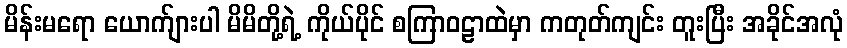
မိန်းမရော ယောက်ျားပါ မိမိတို့ရဲ့ ကိုယ်ပိုင် စကြာဝဠာထဲမှာ ကတုတ်ကျင်း တူးပြီး အခိုင်အလုံ